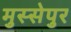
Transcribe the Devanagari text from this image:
मुस्सेपुर